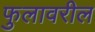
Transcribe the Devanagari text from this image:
फुलावरील